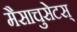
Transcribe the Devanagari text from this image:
मैसाचुसेटस्